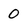
Character: 0